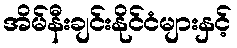
အိမ်နီးချင်းနိုင်ငံများနှင့်